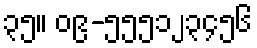
၃၅။ ၀၉-၅၅၅၁၂၃၄၅၆